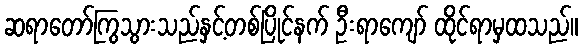
ဆရာတော်ကြွသွားသည်နှင့်တစ်ပြိုင်နက် ဦးရာကျော် ထိုင်ရာမှထသည်။